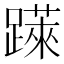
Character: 𨅼